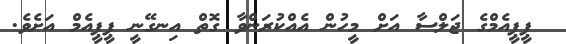
ޕީޕީއެމްގެ ޖަލްސާ އަށް މީހުން އެއްކުރަންވާ ގޮތް އިނގޭނީ ޕީޕީއެމް އަށެވެ.